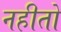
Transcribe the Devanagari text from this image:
नहीतो